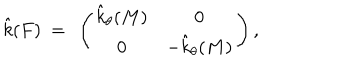
LaTeX: \hat { k } ( F ) ~ = ~ \left( \begin{array} { c c } { { \hat { k } _ { \theta } ( M ) } } & { { 0 } } \\ { { 0 } } & { { - \hat { k } _ { \theta } ( M ) } } \\ \end{array} \right) ,